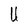
Character: U